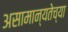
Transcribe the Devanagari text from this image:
असामान्यतेच्या